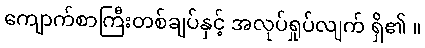
ကျောက်စာကြီးတစ်ချပ်နှင့် အလုပ်ရှုပ်လျက် ရှိ၏ ။